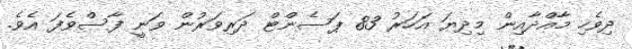
ދިވެހި މާއްދާއިން މިދިޔަ އަހަރު 83 ޕަސެންޓް ދަރިވަރުން ވަނީ ފާސްވެފަ އެވެ.